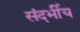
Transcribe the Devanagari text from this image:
संदर्भीय